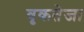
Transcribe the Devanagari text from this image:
वृकतेजा